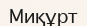
Миқұрт